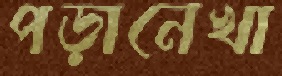
পড়ানেখা